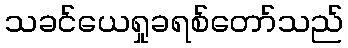
သခင်ယေရှုခရစ်တော်သည်